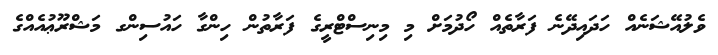
ވެލުއޭޝަނެއް ހަދައިދޭނެ ފަރާތެއް ހޯދުމަށް މި މިނިސްޓްރީގެ ފަރާތުން ހިންގާ ހައުސިންގ މަޝްރޫޢުއެއްގެ